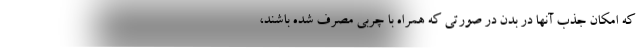
که امکان جذب آنها در بدن در صورتی که همراه با چربی مصرف شده باشند،